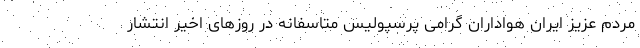
مردم عزیز ایران هواداران گرامی پرسپولیس متاسفانه در روزهای اخیر انتشار